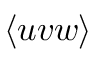
\langle { u v w \rangle }